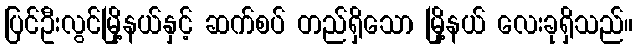
ပြင်ဦးလွင်မြို့နယ်နှင့် ဆက်စပ် တည်ရှိသော မြို့နယ် လေးခုရှိသည်။